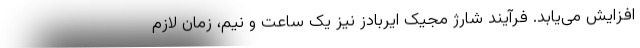
افزایش می‌یابد. فرآیند شارژ مجیک ایربادز نیز یک ساعت و نیم، زمان لازم